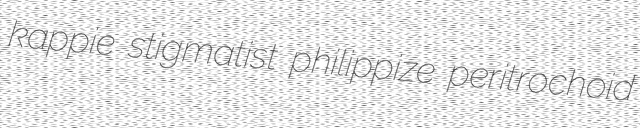
kappie stigmatist philippize peritrochoid